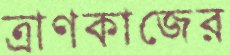
ত্রাণকাজের